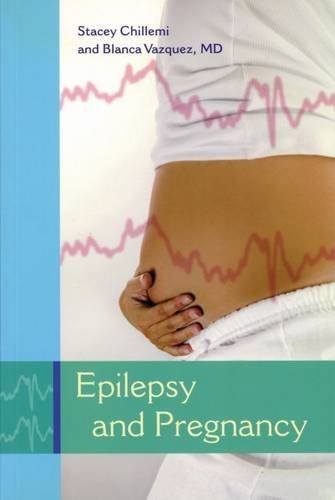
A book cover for Epilepsy and Pregnancy; Stacey Chillemi; Health, Fitness & Dieting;